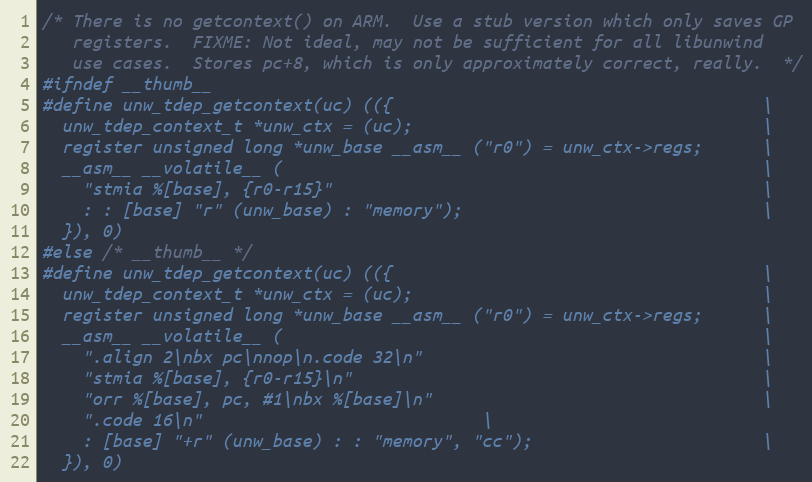
Language: C
/* There is no getcontext() on ARM.  Use a stub version which only saves GP
   registers.  FIXME: Not ideal, may not be sufficient for all libunwind
   use cases.  Stores pc+8, which is only approximately correct, really.  */
#ifndef __thumb__
#define unw_tdep_getcontext(uc) (({                                     \
  unw_tdep_context_t *unw_ctx = (uc);                                   \
  register unsigned long *unw_base __asm__ ("r0") = unw_ctx->regs;      \
  __asm__ __volatile__ (                                                \
    "stmia %[base], {r0-r15}"                                           \
    : : [base] "r" (unw_base) : "memory");                              \
  }), 0)
#else /* __thumb__ */
#define unw_tdep_getcontext(uc) (({                                     \
  unw_tdep_context_t *unw_ctx = (uc);                                   \
  register unsigned long *unw_base __asm__ ("r0") = unw_ctx->regs;      \
  __asm__ __volatile__ (                                                \
    ".align 2\nbx pc\nnop\n.code 32\n"                                  \
    "stmia %[base], {r0-r15}\n"                                         \
    "orr %[base], pc, #1\nbx %[base]\n"                                 \
    ".code 16\n"							\
    : [base] "+r" (unw_base) : : "memory", "cc");                       \
  }), 0)